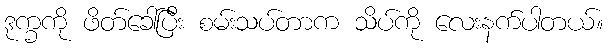
ဒုက္ခကို ဖိတ်ခေါ်ပြီး စမ်းသပ်တာက သိပ်ကို လေးနက်ပါတယ်။